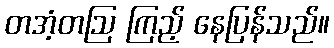
တအံ့တဩ ကြည့် နေပြန်သည်။